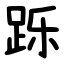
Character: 跞